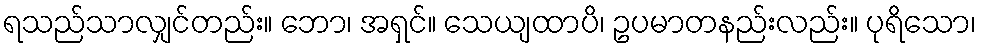
ရသည်သာလျှင်တည်း။ ဘော၊ အရှင်။ သေယျထာပိ၊ ဥပမာတနည်းလည်း။ ပုရိသော၊